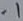
Text: .1